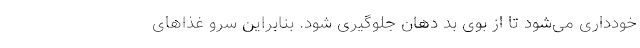
خودداری می‌شود تا از بوی بد دهان جلوگیری شود. بنابراین سرو غذاهای